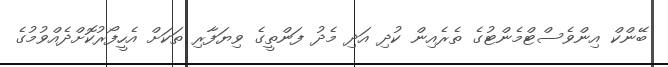
ބޭންކް އިންވެސްޓްމެންޓުގެ ތެރެއިން ކުދި އަދި މެދު ފަންތީގެ ވިޔަފާރި ތަކަށް އެހީފޯރުކޮށްދެއްވުމުގެ